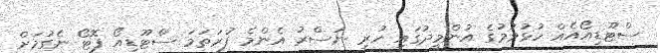
ސްޓޫޑިއޯއެއް ހުޅުވުމުގެ އުންމީދުގައި ހުރި ނަސްރު އެންމެ ފުރަތަމަ ސްޓޫޑިއޯ ފޮޓޯ ނެގުމަށް